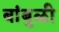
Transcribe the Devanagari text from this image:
बांबुळी